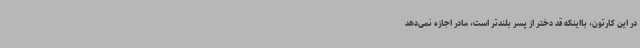
در این کارتون، بااینکه قد دختر از پسر بلندتر است، مادر اجازه نمی‌دهد